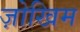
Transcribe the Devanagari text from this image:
ज़ोखिम